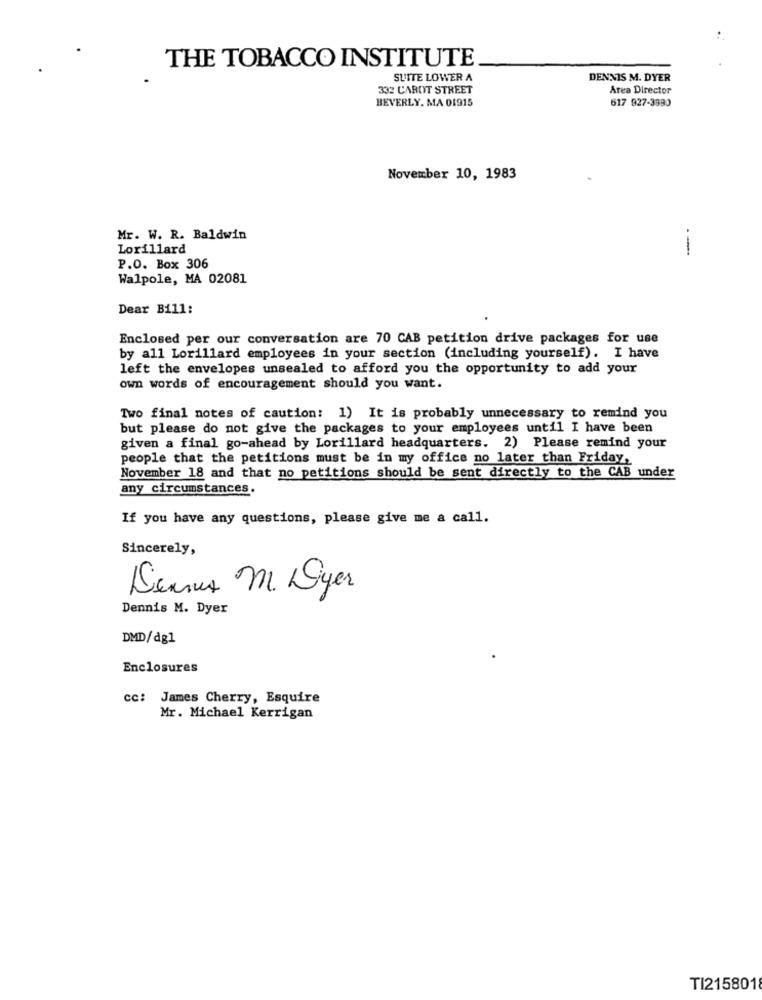
THE TOBACCO INSTITUTE
SUITE LOWER A
DENNIS M. DYER
332 CARET STREET
Area Director
BEVERLY. MA 01915
617 927-3890
November 10, 1983
Mr. W. R. Baldwin
Lorillard
--
P.O. Box 306
Walpole, MA 02081
Dear Bi11:
Enclosed per our conversation are 70 CAB petition drive packages for use
by all Lorillard employees in your section (including yourself). I have
left the envelopes unsealed to afford you the opportunity to add your
own words of encouragement should you want.
Two final notes of caution: 1) It is probably unnecessary to remind you
but please do not give the packages to your employees until I have been
given a final go-ahead by Lorillard headquarters. 2) Please remind your
people that the petitions must be in my office no later than Friday,
November 18 and that no petitions should be sent directly to the CAB under
any circumstances.
If you have any questions, please give me a call.
Sincerely,
Dennus M. Syer
Dennis M. Dyer
DMD/dg1
Enclosures
cc: James Cherry, Esquire
Mr. Michael Kerrigan
TI2158018